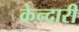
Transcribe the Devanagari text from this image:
केन्दारी